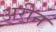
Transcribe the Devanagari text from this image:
अरीन